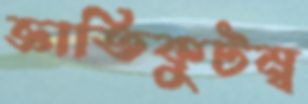
জ্ঞাতিকুটম্ব